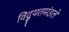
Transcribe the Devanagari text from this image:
विद्युतमंडले